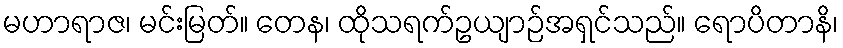
မဟာရာဇ၊ မင်းမြတ်။ တေန၊ ထိုသရက်ဥယျာဉ်အရှင်သည်။ ရောပိတာနိ၊